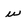
Character: u